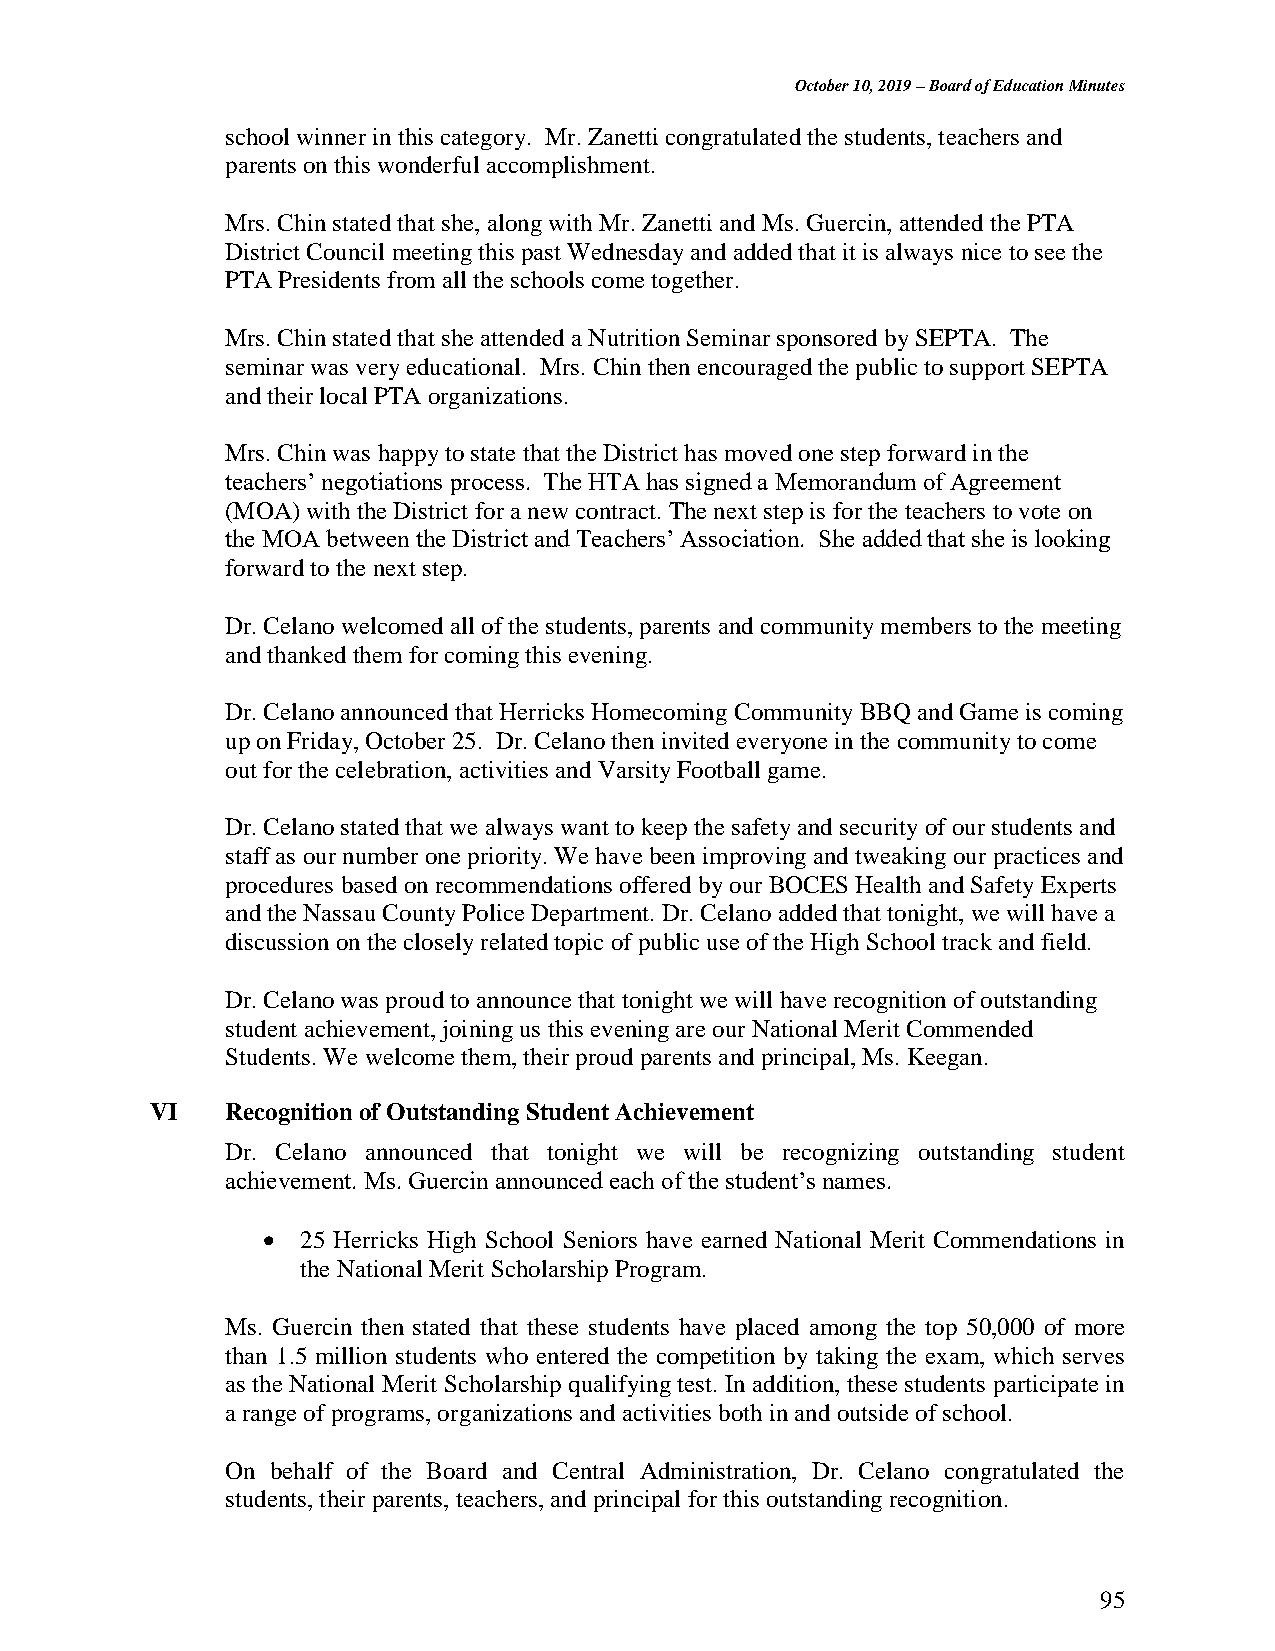
October 10, 2019 – Board of Education Minutes
 school winner in this category. Mr. Zanetti congratulated the students, teachers and
 parents on this wonderful accomplishment.
 Mrs. Chin stated that she, along with Mr. Zanetti and Ms. Guercin, attended the PTA
 District Council meeting this past Wednesday and added that it is always nice to see the
 PTA Presidents from all the schools come together.
 Mrs. Chin stated that she attended a Nutrition Seminar sponsored by SEPTA. The
 seminar was very educational. Mrs. Chin then encouraged the public to support SEPTA
 and their local PTA organizations.
 Mrs. Chin was happy to state that the District has moved one step forward in the
 teachers’ negotiations process. The HTA has signed a Memorandum of Agreement
 (MOA) with the District for a new contract. The next step is for the teachers to vote on
 the MOA between the District and Teachers’ Association. She added that she is looking
 forward to the next step.
 Dr. Celano welcomed all of the students, parents and community members to the meeting
 and thanked them for coming this evening.
 Dr. Celano announced that Herricks Homecoming Community BBQ and Game is coming
 up on Friday, October 25. Dr. Celano then invited everyone in the community to come
 out for the celebration, activities and Varsity Football game.
 Dr. Celano stated that we always want to keep the safety and security of our students and
 staff as our number one priority. We have been improving and tweaking our practices and
 procedures based on recommendations offered by our BOCES Health and Safety Experts
 and the Nassau County Police Department. Dr. Celano added that tonight, we will have a
 discussion on the closely related topic of public use of the High School track and field.
 Dr. Celano was proud to announce that tonight we will have recognition of outstanding
 student achievement, joining us this evening are our National Merit Commended
 Students. We welcome them, their proud parents and principal, Ms. Keegan.
 VI   Recognition of Outstanding Student Achievement
 Dr. Celano announced that tonight we will be recognizing outstanding student
 achievement. Ms. Guercin announced each of the student’s names.
   25 Herricks High School Seniors have earned National Merit Commendations in
 the National Merit Scholarship Program.
 Ms. Guercin then stated that these students have placed among the top 50,000 of more
 than 1.5 million students who entered the competition by taking the exam, which serves
 as the National Merit Scholarship qualifying test. In addition, these students participate in
 a range of programs, organizations and activities both in and outside of school.
 On behalf of the Board and Central Administration, Dr. Celano congratulated the
 students, their parents, teachers, and principal for this outstanding recognition.
 95